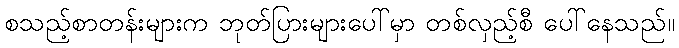
စသည့်စာတန်းများက ဘုတ်ပြားများပေါ်မှာ တစ်လှည့်စီ ပေါ်နေသည်။